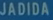
JAJADIDA